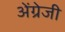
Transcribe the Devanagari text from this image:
अेंग्रेजी